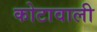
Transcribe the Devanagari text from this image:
कोटावाली